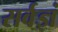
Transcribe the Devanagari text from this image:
सर्वज्ञं